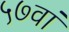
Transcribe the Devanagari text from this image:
५७वां